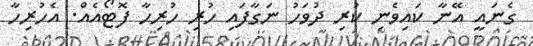
ގެނައީ އޭނާ ކައިވެނި ކުރި ދުވަހު ނަގާފައި ހުރި ހުރިހާ ފޮޓޯއެއް. އެހުރިހާ